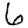
Digit: 6